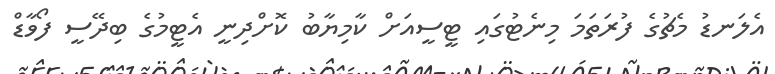
އެލަނޑު މެޗުގެ ފުރަތަމަ މިނެޓުގައި ޓީސީއަށް ކާމިޔާބު ކޮށްދިނީ އެޓީމުގެ ބިދޭސީ ފޯވާޑް